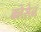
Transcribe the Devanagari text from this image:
क्लेसेन